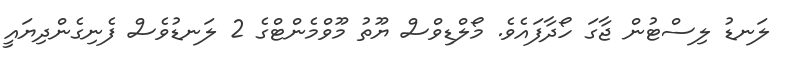
ލަނޑު ލިސްޓުން ޖާގަ ހޯދާފައެވެ. މޯލްޑިވްސް ޔޫތު މޫވްމެންޓްގެ 2 ލަނޑުވެސް ފެނިގެންދިޔައީ